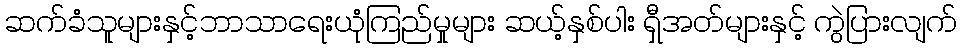
ဆက်ခံသူများနှင့်ဘာသာရေးယုံကြည်မှုများ ဆယ့်နှစ်ပါး ရှီအတ်များနှင့် ကွဲပြားလျက်